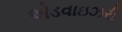
એડવાઇઝરી